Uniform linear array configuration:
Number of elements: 64
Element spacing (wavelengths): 0.25
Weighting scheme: blackman
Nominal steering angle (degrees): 45
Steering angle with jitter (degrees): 46.329
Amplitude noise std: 0.05
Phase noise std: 0.05

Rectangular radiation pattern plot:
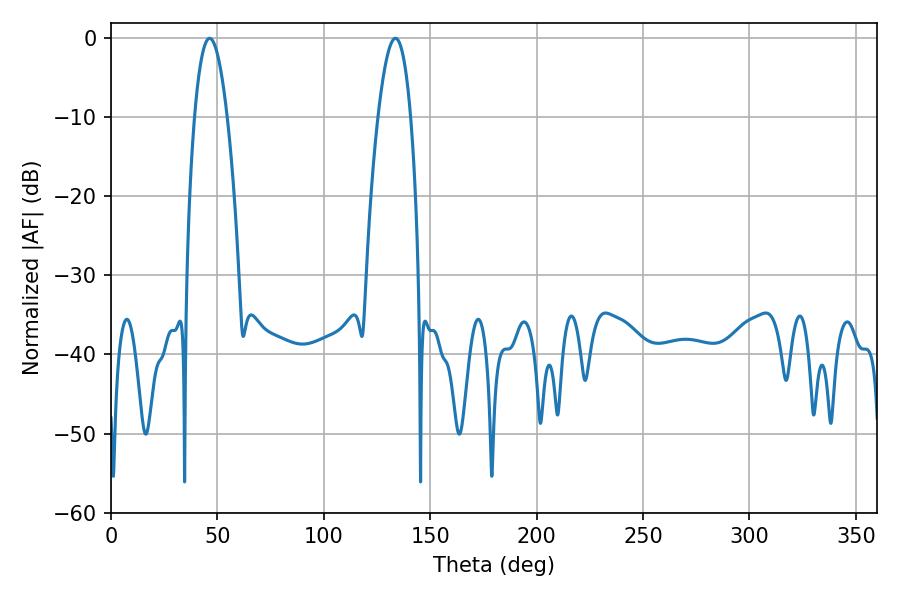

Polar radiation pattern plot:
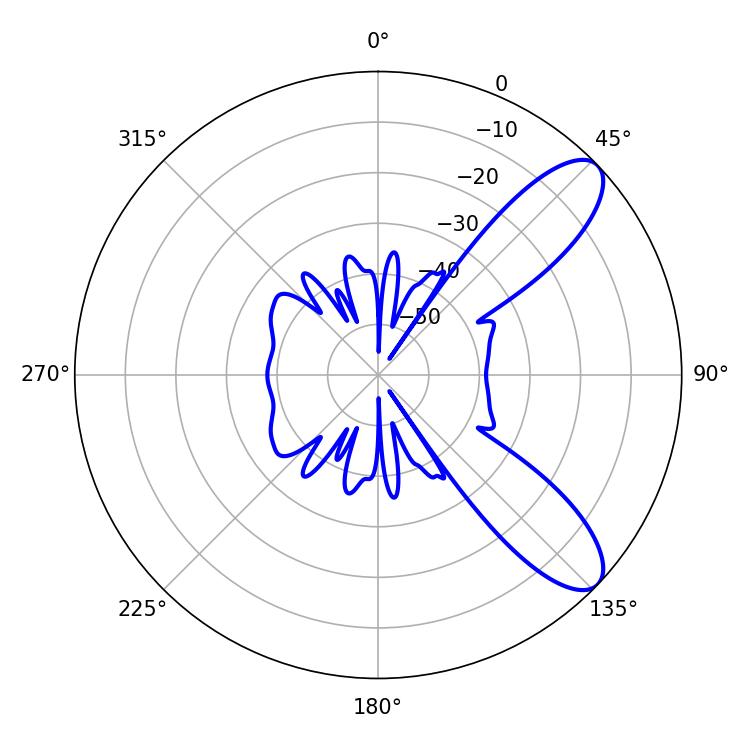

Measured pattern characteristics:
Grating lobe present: FALSE
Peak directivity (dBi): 9.393
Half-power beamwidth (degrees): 8.46
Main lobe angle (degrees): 46.26